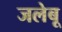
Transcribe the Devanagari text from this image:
जलेबू